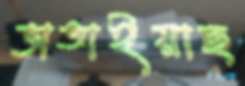
ভাঙাইয়াছ